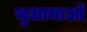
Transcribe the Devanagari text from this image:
भुआमाओं